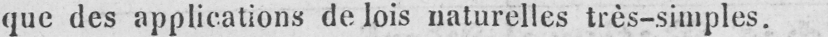
que des applications de lois naturelles très-simples.